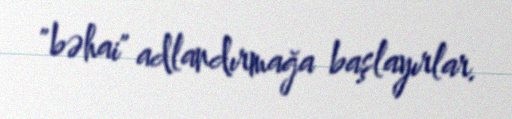
"bəhai" adlandırmağa başlayırlar.